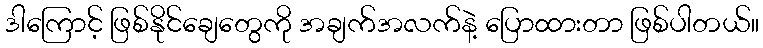
ဒါကြောင့် ဖြစ်နိုင်ချေတွေကို အချက်အလက်နဲ့ ပြောထားတာ ဖြစ်ပါတယ်။